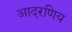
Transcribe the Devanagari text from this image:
आदरणिय